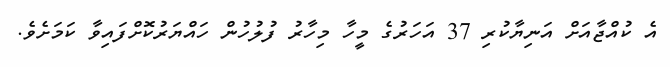
އެ ކުއްޖާއަށް އަނިޔާކުރި 37 އަހަރުގެ މީހާ މިހާރު ފުލުހުން ހައްޔަރުކޮށްފައިވާ ކަމަށެވެ.